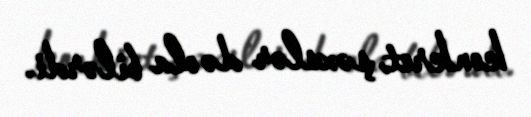
konkret şəxslər də ola bilərdi.